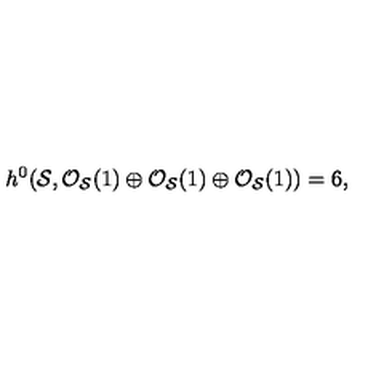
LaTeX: h ^ { 0 } ( { \cal S } , { \cal O } _ { { \cal S } } ( 1 ) \oplus { \cal O } _ { { \cal S } } ( 1 ) \oplus { \cal O } _ { { \cal S } } ( 1 ) ) = 6 ,